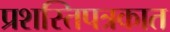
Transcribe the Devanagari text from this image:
प्रशस्तिपत्रकात